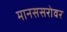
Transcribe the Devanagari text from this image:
मानससरोवर